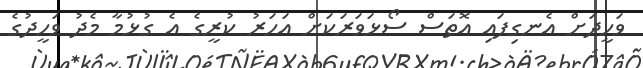
ވަހީދަށް އެނގިފައި އޮތަސް ސޯޅަވަރަކަށް އަހަރު ކުރީގެ އެ ގުޅުމާ މެދު ވަހީދުގެ